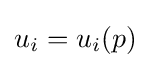
u_{i}=u_{i}(p)